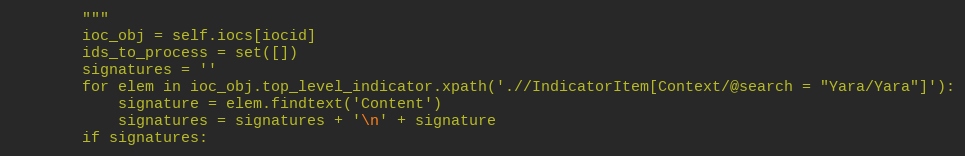
Language: Python
        """
        ioc_obj = self.iocs[iocid]
        ids_to_process = set([])
        signatures = ''
        for elem in ioc_obj.top_level_indicator.xpath('.//IndicatorItem[Context/@search = "Yara/Yara"]'):
            signature = elem.findtext('Content')
            signatures = signatures + '\n' + signature
        if signatures: